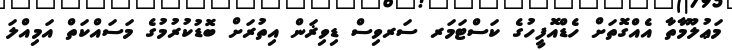
މަޢުލޫމާތާ އެއްގޮތަށް ހެޑްއޮފީހުގެ ކަސްޓަމަރ ސަރވިސް ޑިވިޜަން އިތުރަށް ބޮޑުކުރުމުގެ މަސައްކަތް އަމިއްލަ